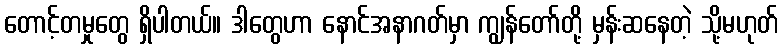
တောင့်တမှုတွေ ရှိပါတယ်။ ဒါတွေဟာ နောင်အနာဂတ်မှာ ကျွန်တော်တို့ မှန်းဆနေတဲ့ သို့မဟုတ်